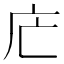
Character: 𢇜